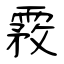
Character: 霚